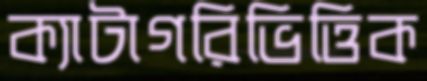
ক্যাটাগরিভিত্তিক